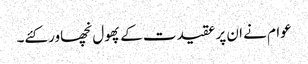
عوام نے ان پر عقیدت کے پھول نچھاور کئے۔